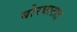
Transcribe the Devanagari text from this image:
बोरघाटात